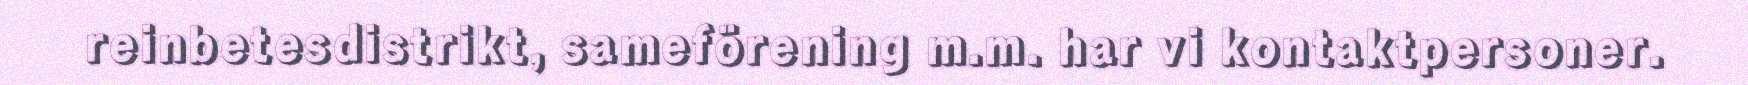
reinbetesdistrikt, sameförening m.m. har vi kontaktpersoner.